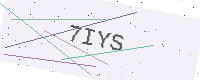
Text: 7IYS